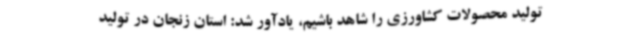
تولید محصولات کشاورزی را شاهد باشیم، یادآور شد: استان زنجان در تولید